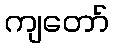
ကျတော်